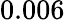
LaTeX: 0.006